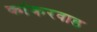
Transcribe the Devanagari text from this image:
कांकरवाड